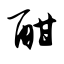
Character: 酣